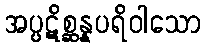
အပ္ပဋိစ္ဆန္နပရိဝါသော